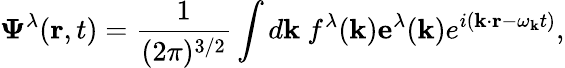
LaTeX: \mathbf{\Psi}^{\lambda}(\mathbf{r},t)=\frac{1}{(2\pi)^{3/2}}\int d\mathbf{k}~f^{\lambda}(\mathbf{k})\mathbf{e}^{\lambda}(\mathbf{k})e^{i(\mathbf{k}\cdot\mathbf{r}-\omega_{\mathbf{k}}t)},